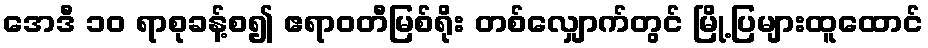
အေဒီ ၁၀ ရာစုခန့်စ၍ ဧရာဝတီမြစ်ရိုး တစ်လျှောက်တွင် မြို့ပြများထူထောင်